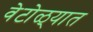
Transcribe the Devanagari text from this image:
वेटोळ्यात